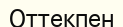
Оттекпен